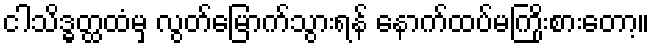
ငါသိဒ္ဓတ္ထထံမှ လွတ်မြောက်သွားရန် နောက်ထပ်မကြိုးစားတော့။